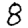
Digit: 8